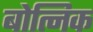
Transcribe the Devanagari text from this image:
बोत्निक